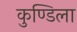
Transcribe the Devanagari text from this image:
कुण्डिला